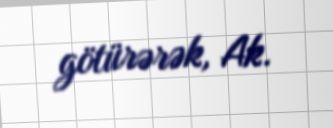
götürərək, Ak.